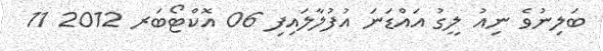
ބަލިނުވެ ނިއު ލީގު އައްޑަނަ އުފުލާލައިފި 06 އޮކްޓޯބަރ 2012 11